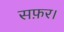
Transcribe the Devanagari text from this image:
सफ़र।